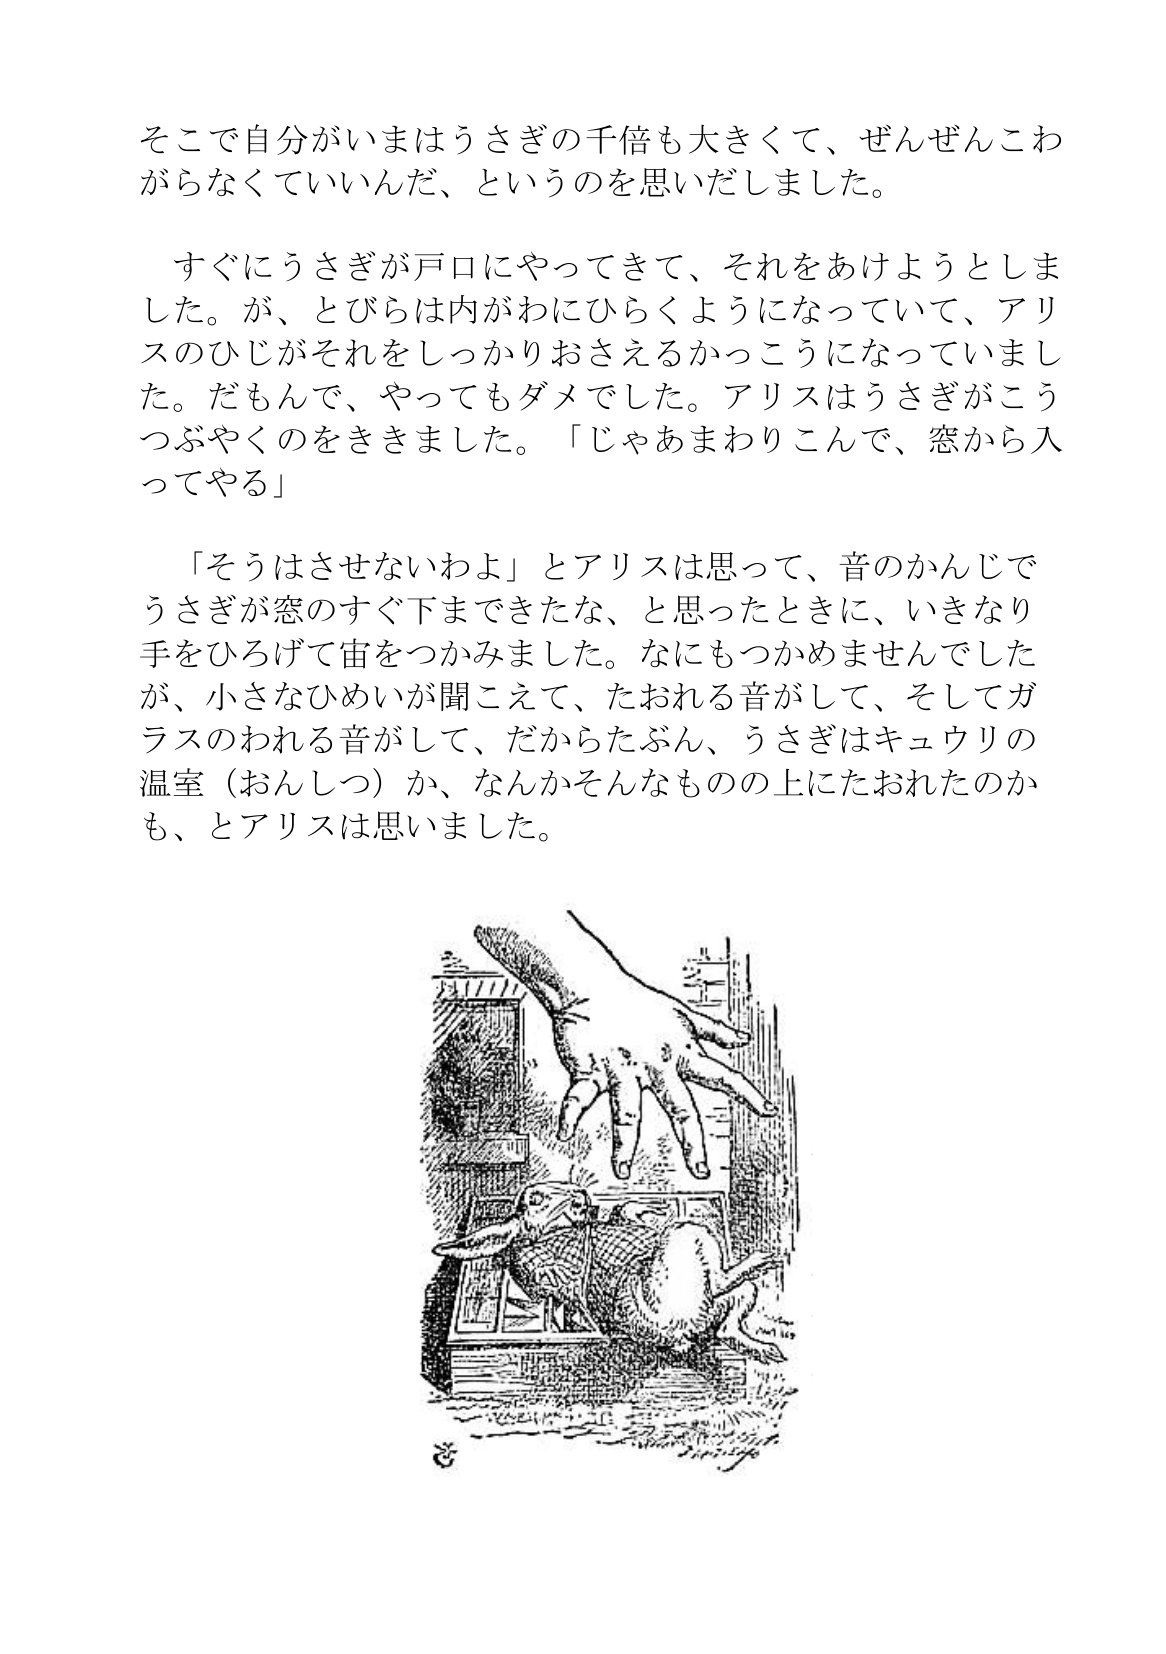
Language: ja